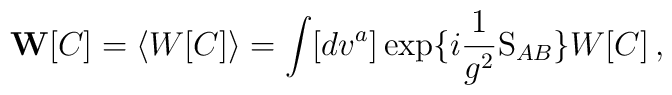
{\bf W}[C]=\langle W[C] \rangle = \int [dv^a] \exp \{i\frac{1}{g^2}{\rm S}_{AB} \}W[C]\, ,